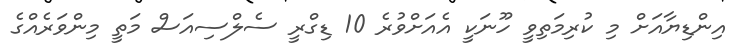
އިންޑިޔާއަށް މި ކުރިމަތިވީ ހޫނަކީ އެއަށްވުރެ 10 ޑިގްރީ ސެލްސިއަސް މަތީ މިންވަރެއްގެ